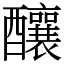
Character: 釀